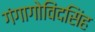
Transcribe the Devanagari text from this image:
गंगागोविंदसिंह